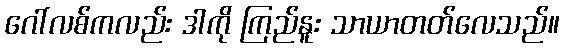
ဂေါ်လစ်ကလည်း ဒါကို ကြည်နူး သာယာတတ်လေသည်။